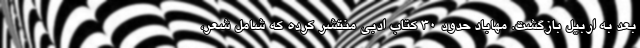
بعد به اربیل بازگشت. مهاباد حدود ۳۰ کتاب ادبی منتشر کرده که شامل شعر،